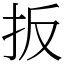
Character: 扳